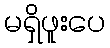
မရှိဖူးပေ